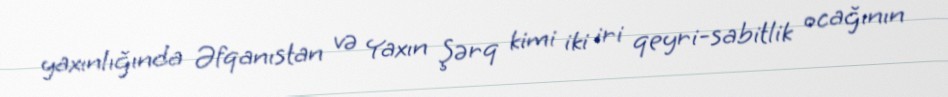
yaxınlığında Əfqanıstan və Yaxın Şərq kimi iki iri qeyri-sabitlik ocağının